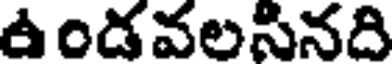
ఉండవలసినది